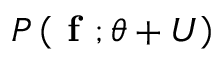
P \left( \textbf { f } ; \theta + U \right)